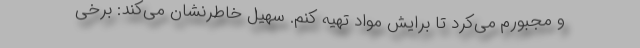
و مجبورم می‌کرد تا برایش مواد تهیه کنم. سهیل خاطرنشان می‌کند: برخی